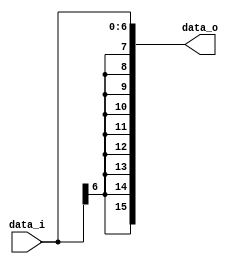
module Sign_Extend( data_i, data_o );

//I/O ports
input	[7-1:0]     data_i;
output	[16-1:0]    data_o;

//Internal Signals
wire	[16-1:0]    data_o;

//Main function
assign data_o = { {9{data_i[6]}}, data_i };

endmodule